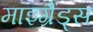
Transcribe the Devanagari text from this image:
माइग्रैंड्स